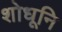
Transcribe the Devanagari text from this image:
शोधूनि